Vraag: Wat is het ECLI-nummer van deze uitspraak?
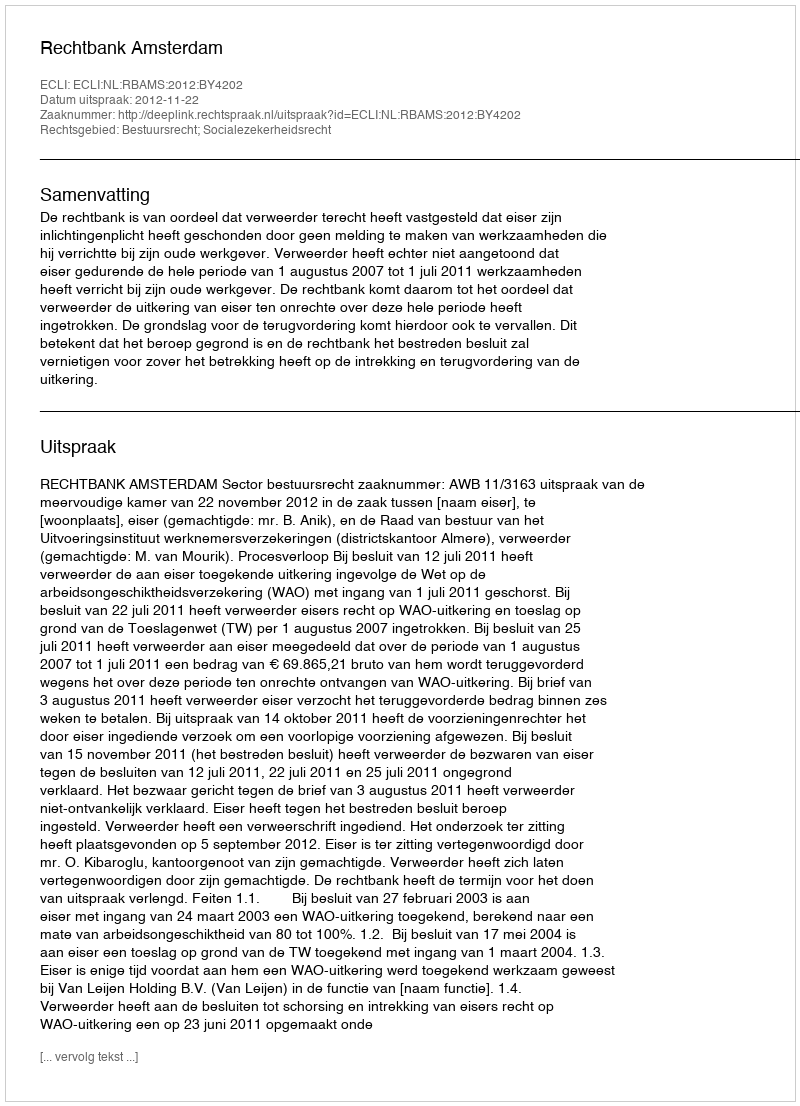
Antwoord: ECLI:NL:RBAMS:2012:BY4202